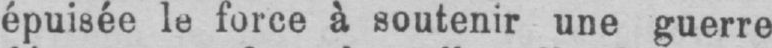
épuisée le force à soutenir une guerre